Senior Leaving Certificate Examination (including Day School Certificate (Higher) General paper), 1947
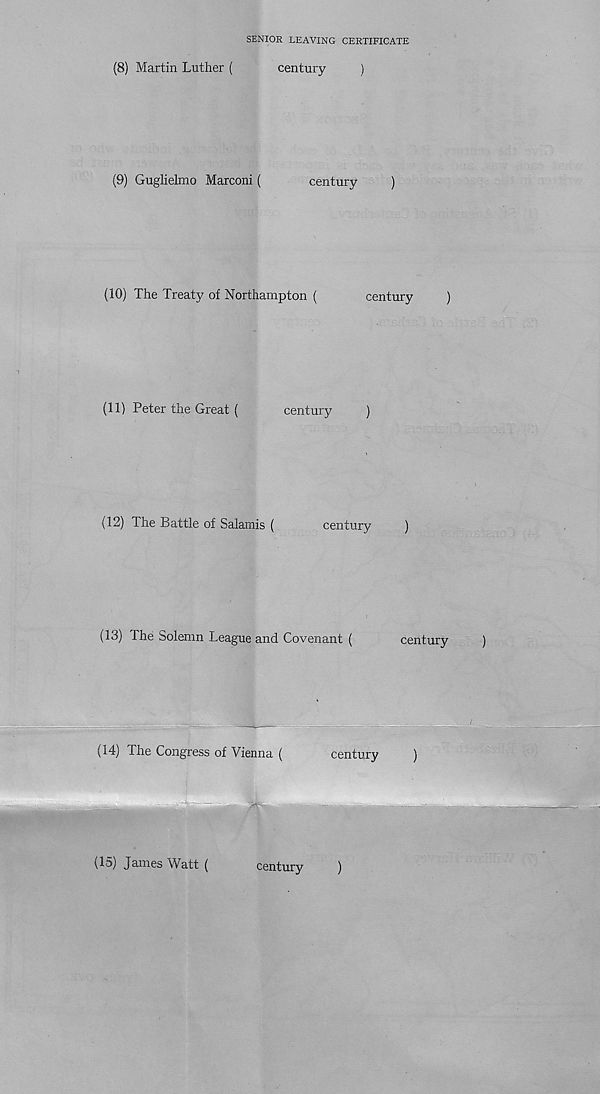
SENIOR LEAVING CERTIFICATE
(8)
Martin Luther (
century
(9)
Guglielmo Marconi (
centur
(10)
The Treaty of Northampton (
(11)
Peter the Great (
century
(12)
The Battle of Salamis (
centu
(13)
The Solemn League and Covenant (
(14)
The Congress of Vienna (
centu
\15) James Watt (
century
)